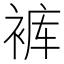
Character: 裤